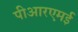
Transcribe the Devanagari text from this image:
पीआरएमई